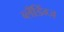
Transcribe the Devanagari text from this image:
ब्लँडिंग्ज